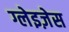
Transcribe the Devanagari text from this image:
ग्लेइज़ेस